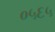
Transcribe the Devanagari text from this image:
०५६५